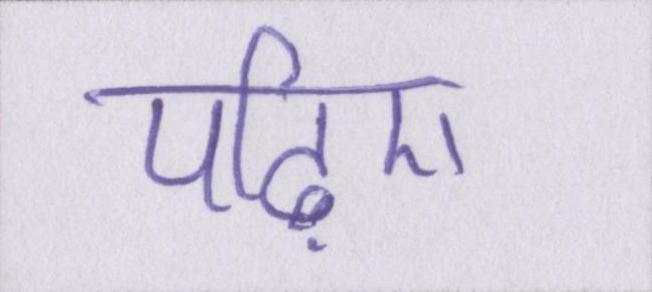
पढ़िए